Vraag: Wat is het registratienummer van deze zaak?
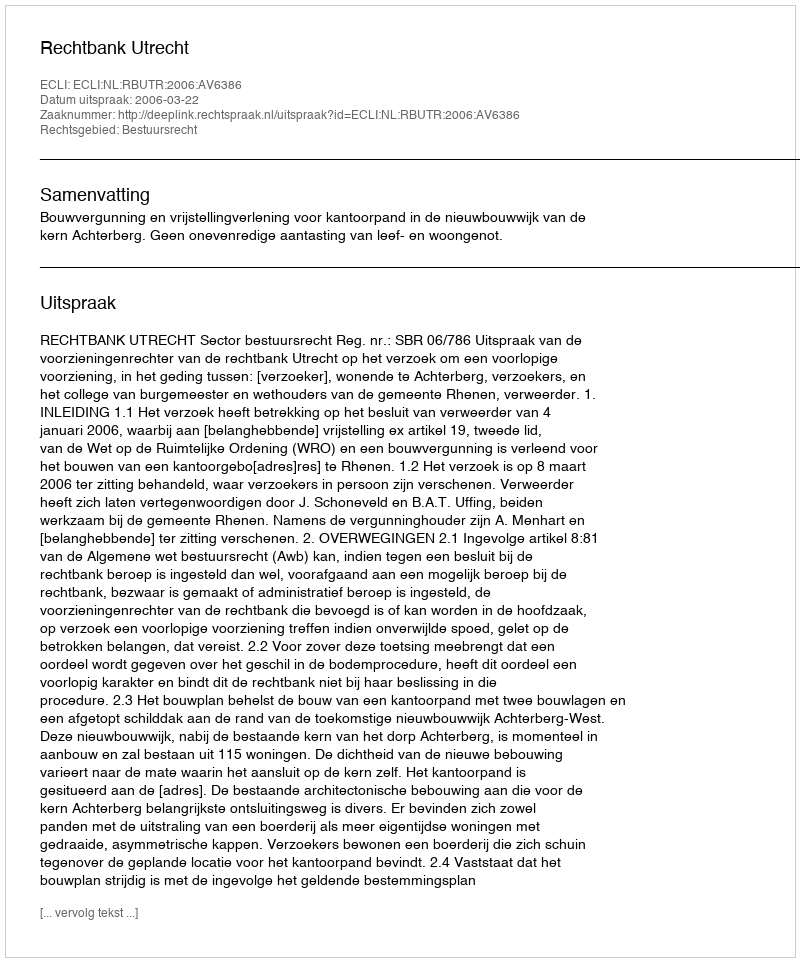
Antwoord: http://deeplink.rechtspraak.nl/uitspraak?id=ECLI:NL:RBUTR:2006:AV6386